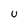
Character: U